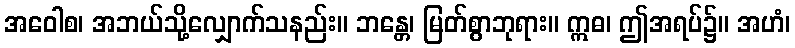
အဝေါစ၊ အဘယ်သို့လျှောက်သနည်း။ ဘန္တေ၊ မြတ်စွာဘုရား။ ဣဓ၊ ဤအရပ်၌။ အဟံ၊